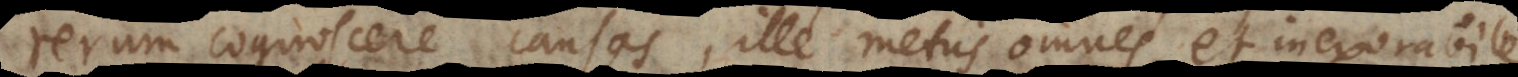
rerum cognoscere causas, ille metus omnes et inexorabile